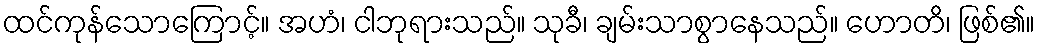
ထင်ကုန်သောကြောင့်။ အဟံ၊ ငါဘုရားသည်။ သုခီ၊ ချမ်းသာစွာနေသည်။ ဟောတိ၊ ဖြစ်၏။